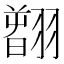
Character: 𦒂